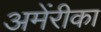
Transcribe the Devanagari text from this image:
अमेंरीका